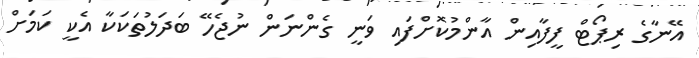
އޭނާގެ ރިޕޯޓް ފީފާއިން އާންމުކޮށްފައި ވަނީ ގެންނަން ނުޖެހޭ ބަދަލުތަކަކާ އެކީ ކަމަށް